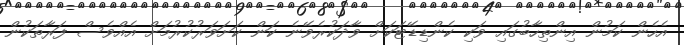
އެހެން ކަމުން އިންތިހާބުގައި ވަކި ކެންޑިޑޭޓަކަށް ވާދަކުރެވޭނެ ކަން ކަށަވަރުކުރުމަށް އެއްވެސް ފަރާތަކުން